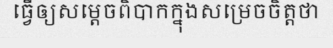
ធ្វើឲ្យសម្តេចពិបាកក្នុងសម្រេចចិត្តថា